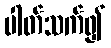
ပါတ်သက်၍